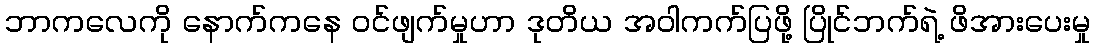
ဘာကလေကို နောက်ကနေ ဝင်ဖျက်မှုဟာ ဒုတိယ အဝါကက်ပြဖို့ ပြိုင်ဘက်ရဲ့ ဖိအားပေးမှု